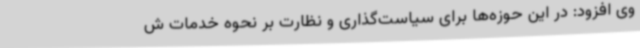
وی افزود: در این حوزه‌ها برای سیاست‌گذاری و نظارت بر نحوه خدمات ش